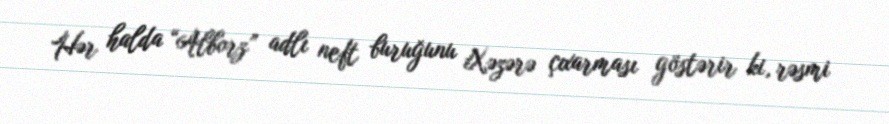
Hər halda “Alborz” adlı neft buruğunu Xəzərə çıxarması göstərir ki, rəsmi